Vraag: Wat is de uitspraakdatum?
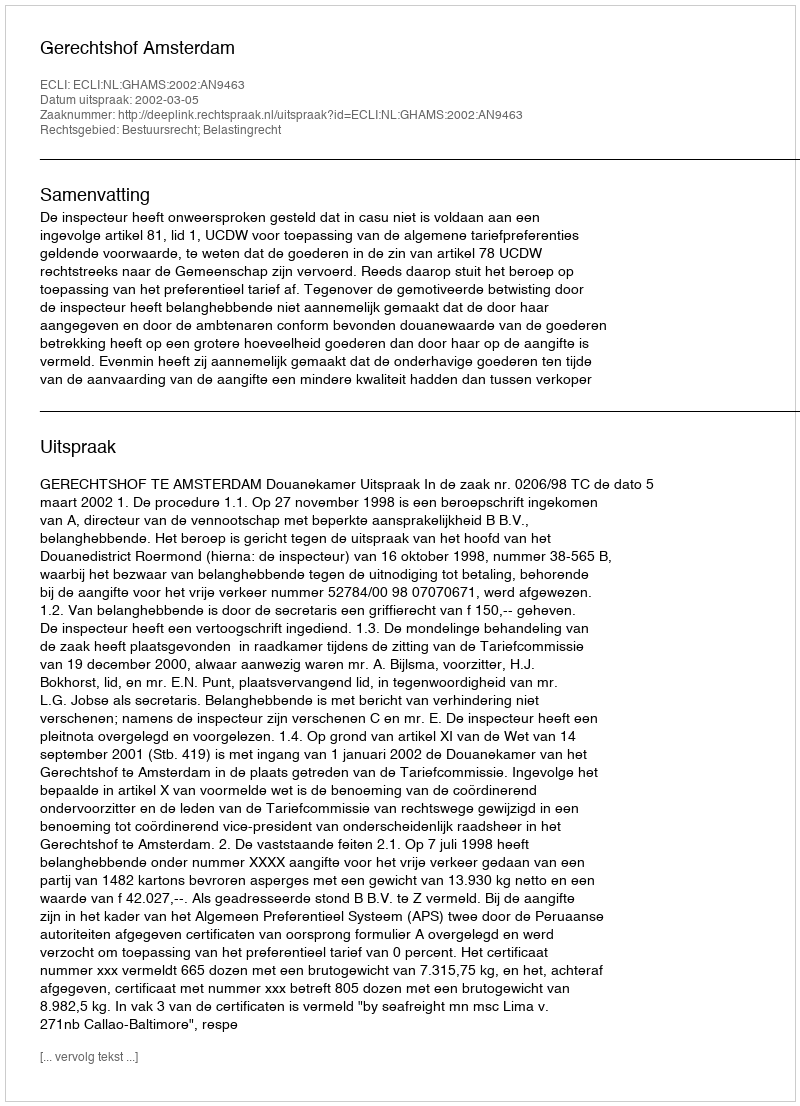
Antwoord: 2002-03-05